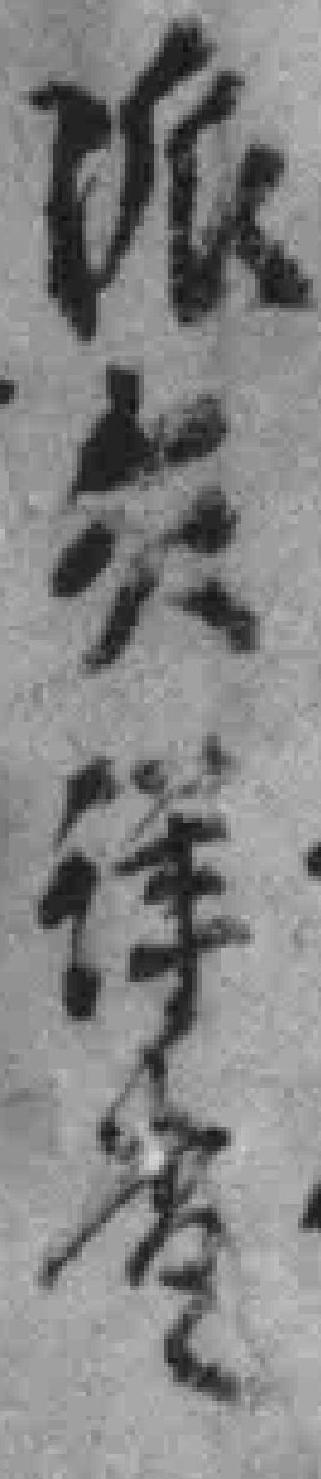
派*详查